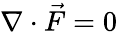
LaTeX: \nabla\cdot{\vec{F}}=0